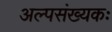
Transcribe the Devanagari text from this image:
अल्पसंख्यकः